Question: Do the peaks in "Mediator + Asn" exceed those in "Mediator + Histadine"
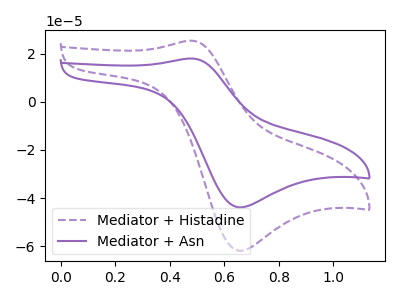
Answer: <think>The purple dashed curve "Mediator + Histadine" has an anodic peak at (0.50V, 25.35uA) and a cathodic peak at (0.65V, -61.80uA). The purple curve "Mediator + Asn" has an anodic peak at (0.50V, 17.95uA) and a cathodic peak at (0.65V, -43.80uA).</think>
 <answer>Every peak in "Mediator + Asn" is lower than every peak in "Mediator + Histadine".</answer>
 <eval>lower</eval>